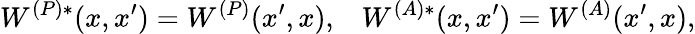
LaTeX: W^{(P)*}(x,x^{\prime})=W^{(P)}(x^{\prime},x),\; \; \; W^{(A)*}(x,x^{\prime})=W^{(A)}(x^{\prime},x),